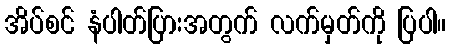
အိပ်စင် နံပါတ်ပြားအတွက် လက်မှတ်ကို ပြပါ။